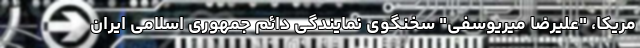
مریکا، "علیرضا میریوسفی" سخنگوی نمایندگی دائم جمهوری اسلامی ایران